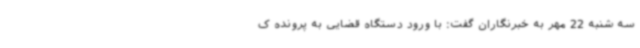
سه شنبه 22 مهر به خبرنگاران گفت: با ورود دستگاه قضایی به پرونده ک